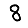
Digit: 8